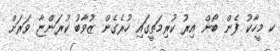
ކ މީހާކު ފެން ބޯން އިރު ކުރިމަތީގައި ހުރެގެން ޒުވާބު ކުރަންޏާ ވަރަށް